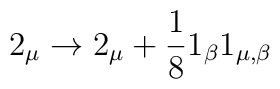
2_{\mu} \rightarrow 2_{\mu} + \frac{1}{8} 1_{\beta} 1_{\mu , \beta}